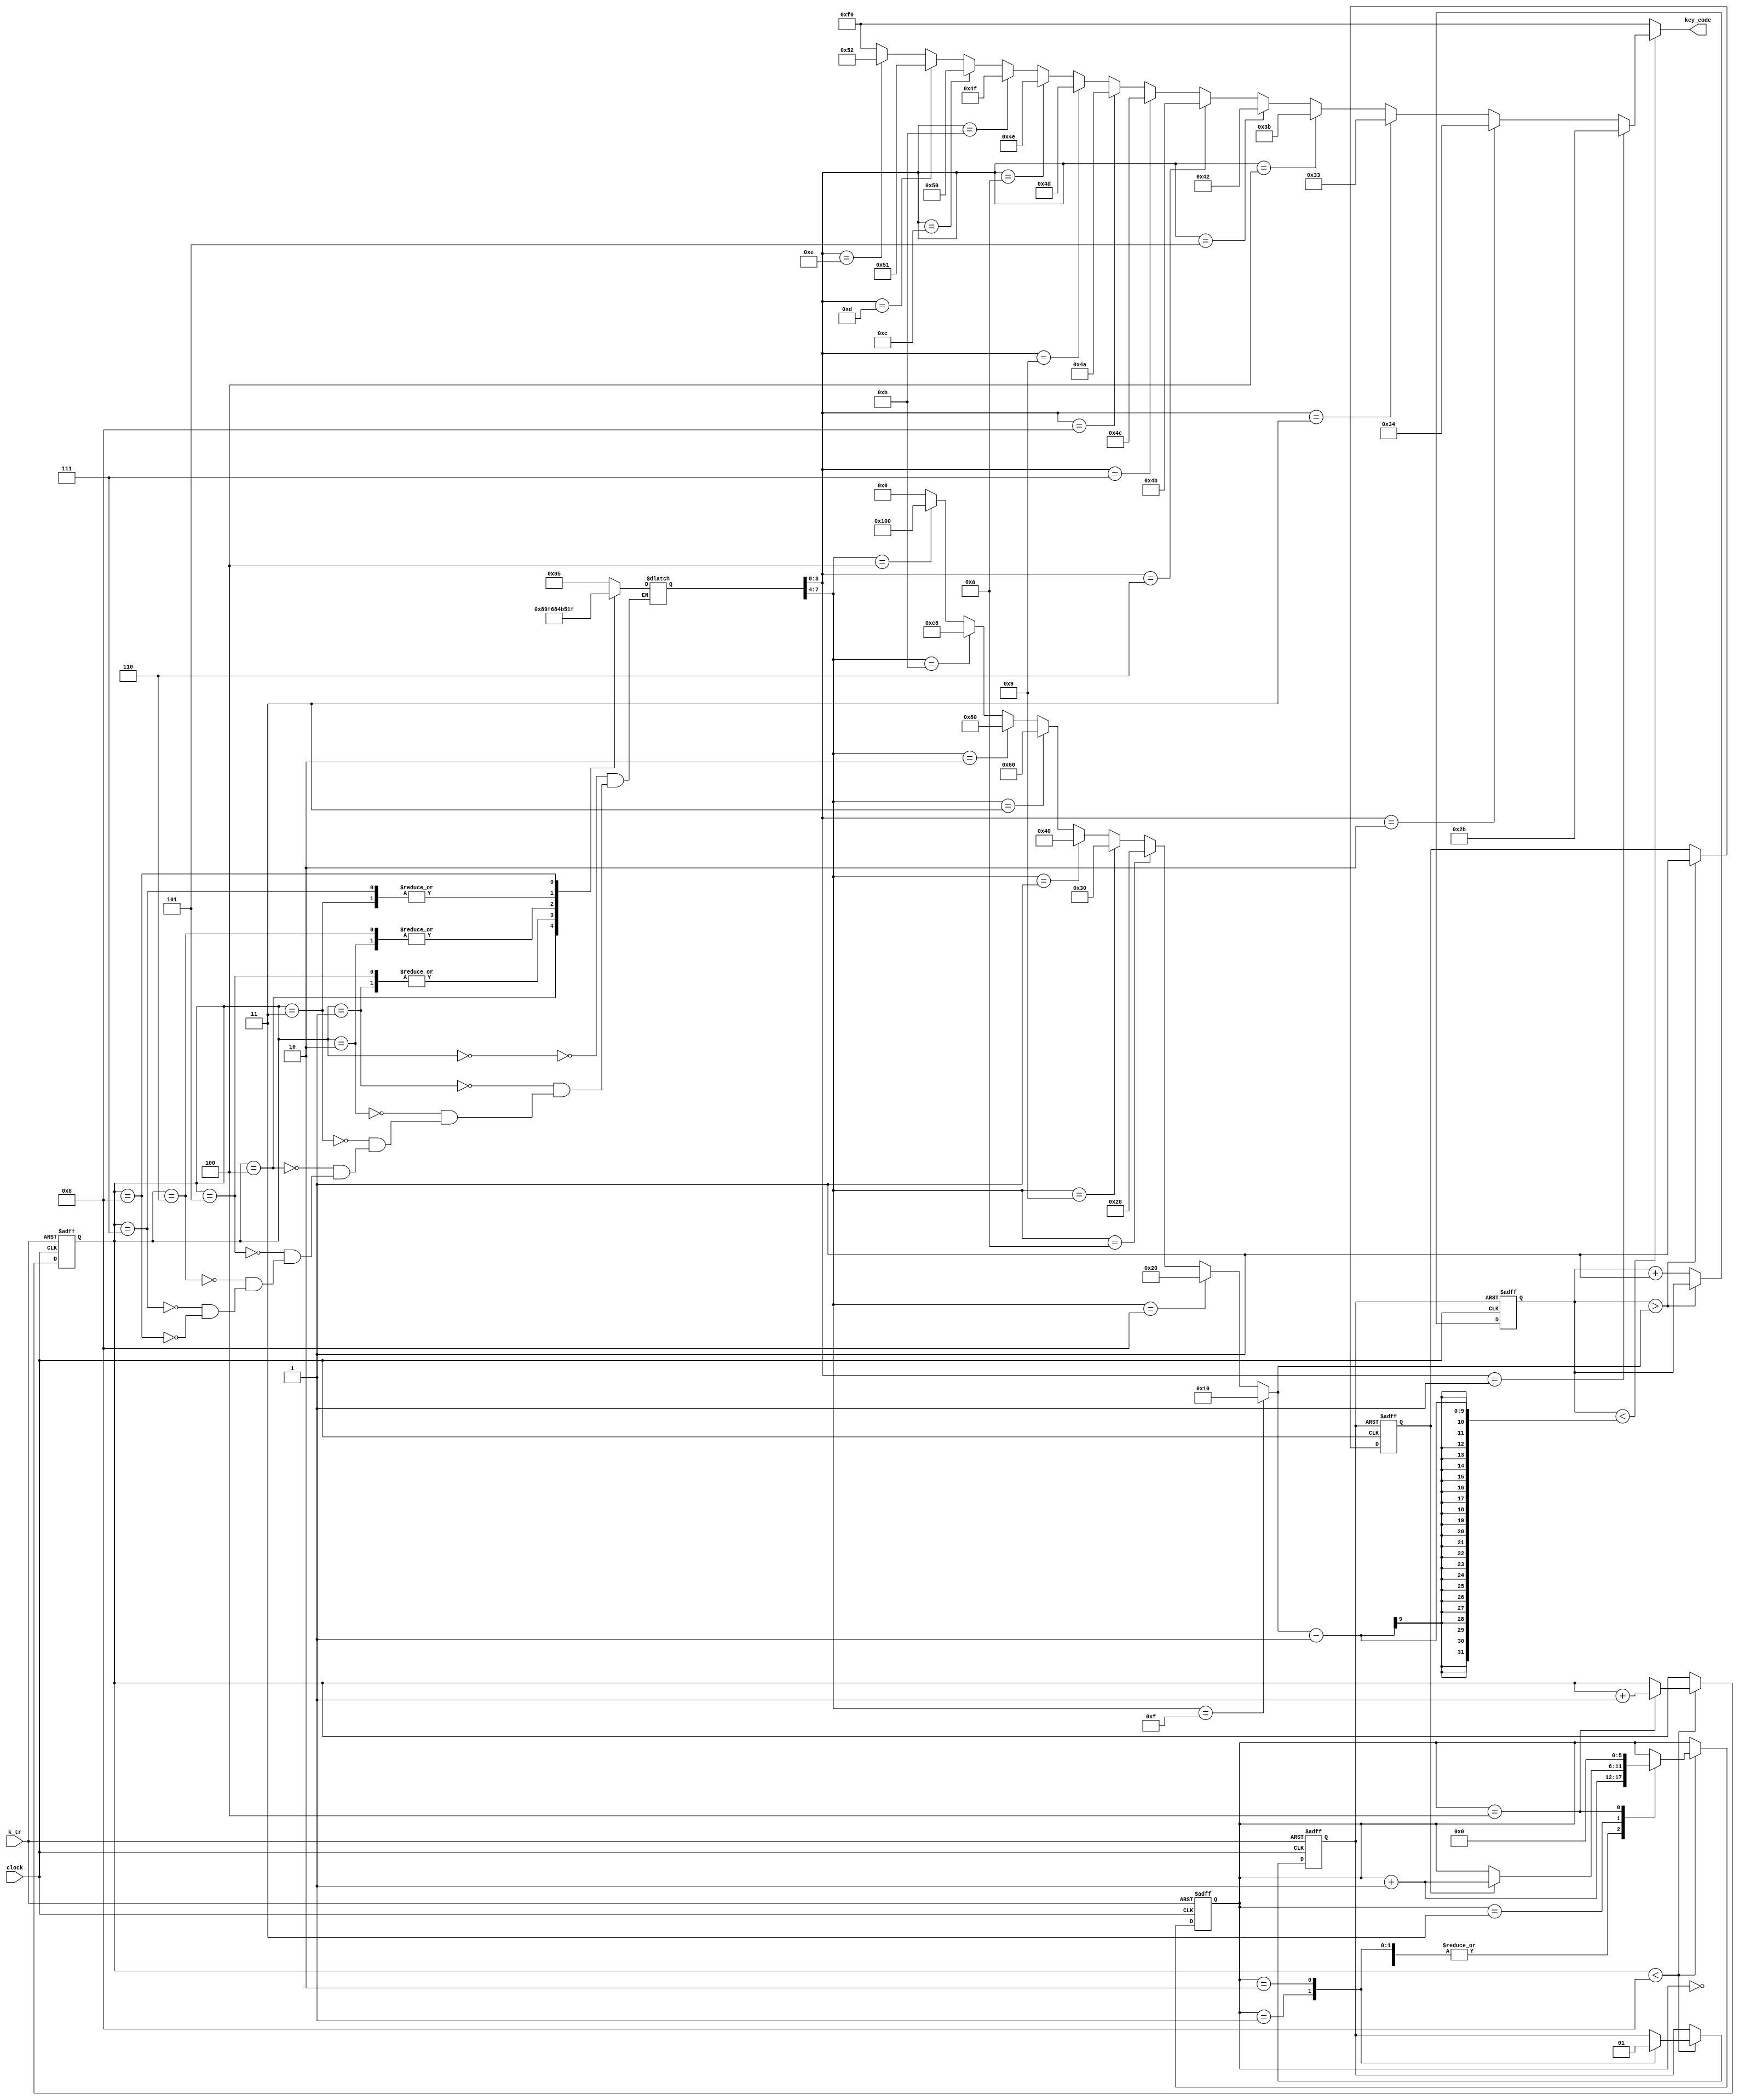
module demo_sound2(
	input clock,
	output [7:0]key_code,
	input k_tr
);

	reg  [15:0]tmp;
	wire  [15:0]tmpa;
	reg   tr;
	reg   [15:0]step;
	wire  [15:0]step_r;
	reg   [7:0]TT;
	reg[5:0]st;
	reg go_end;

////////Music Processing////////
	always @(negedge k_tr or posedge clock) begin
	if (!k_tr) begin
   		step=0;
	   	st=0;
   		tr=0;
	end
	else
	if (step<step_r) begin
  		case (st)
  		0: st=st+1;
  		1: begin tr=0; st=st+1;end
  		2: begin tr=1;st=st+1;end
  		3: if(go_end) st=st+1;
  		4: begin st=0;step=step+1;end
  		endcase
	end
	end

///////////////  pitch  //////////////////
	wire  [7:0]key_code1=(
		(TT[3:0]==1)?8'h2b:(//1
		(TT[3:0]==2)?8'h34:(//2
		(TT[3:0]==3)?8'h33:(//3
		(TT[3:0]==4)?8'h3b:(//4
		(TT[3:0]==5)?8'h42:(//5
		(TT[3:0]==6)?8'h4b:(//6
		(TT[3:0]==7)?8'h4c:(//7
		(TT[3:0]==8)?8'h4a:(//1
		(TT[3:0]==9)?8'h4d:(//2
		(TT[3:0]==10)?8'h4e:(//3
		(TT[3:0]==11)?8'h4f:(//4
		(TT[3:0]==12)?8'h50:(//5
		(TT[3:0]==13)?8'h51:(//6
		(TT[3:0]==14)?8'h52:(//7
		//(TT[3:0]==10)?8'h52:(//1
		(TT[3:0]==15)?8'hf0:8'hf0
		))))))))))))))
	);

///////////////  paddle  ///////////////////
	assign tmpa[15:0]=(
		(TT[7:4]==15)?16'h10:(
		(TT[7:4]==8)? 16'h20:(
		(TT[7:4]==10)?16'h28:( // waiting 8 - 9
		(TT[7:4]==9)? 16'h30:(
		(TT[7:4]==1)? 16'h40:(
		(TT[7:4]==3)? 16'h60:(
		(TT[7:4]==2)? 16'h80:(
		(TT[7:4]==11)? 16'hc8:( // waiting 2+
		(TT[7:4]==4)? 16'h100:0
		))))))))
	);

/////////// note list ///////////
	always @(step) begin
		case (step)
		0:TT=8'h85;
		1:TT=8'hf6;
		2:TT=8'h84;
		3:TT=8'hb5;
		
		4:TT=8'h89;
		5:TT=8'hf6;
		6:TT=8'h84;
		7:TT=8'hb5;
		
      8:TT=8'h1f;//end
endcase
end
assign step_r=8;///Total note
/////////////KEY release & code-out ////////////////
always @(negedge tr or posedge clock)begin
if(!tr) begin tmp=0;go_end=0 ;end
 else if (tmp>tmpa)go_end=1; 
 else tmp=tmp+1;
end
assign key_code=(tmp<(tmpa-1))?key_code1:8'hf0;//KEY release//
endmodule